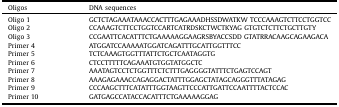
<table><thead><tr><td><b>Oligos</b></td><td><b>DNA sequences</b></td></tr></thead><tbody><tr><td>Oligo 1</td><td>GCTCTAGAAATAAACCACTTTGAGAAADHSSDWATKW TCCCAAAGTCTTCCTGGTCC</td></tr><tr><td>Oligo 2</td><td>CCAAAGTCTTCCTGGTCCARTCATRDSKCTWCTKYAG GTGTCTCTTCTGCTTGTY</td></tr><tr><td>Oligo 3</td><td>CCGAATTCACATTTCTGAAAAAGGAAGRSBYACCSDD GTATRRACAAGCAGAAGACA</td></tr><tr><td>Primer 4</td><td>ATGGATCCAAAAATGGATCAGATTTGCATTGGTTTCC</td></tr><tr><td>Primer 5</td><td>TCTCAAAGTGGTTTATTCTGCTCAATAGGTG</td></tr><tr><td>Primer 6</td><td>CTCCTTTTTCAGAAATGTGGTATGGCTC</td></tr><tr><td>Primer 7</td><td>AAATAGTCCTCTGGTTTCTCTTTGAGGGGTATTTCTGAGTCCAGT</td></tr><tr><td>Primer 8</td><td>AAAGAGAAACCAGAGGACTATTTGGAGCTATAGCAGGGTTTATAGAG</td></tr><tr><td>Primer 9</td><td>CCCAAGCTTTCATATTTGGTAAGTTCCCATTGATTCCAATTTTACTCCAC</td></tr><tr><td>Primer 10</td><td>GATGAGCCATACCACATTTCTGAAAAAGGAG</td></tr></tbody></table>